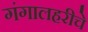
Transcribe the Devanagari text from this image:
गंगालहरीचे